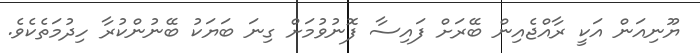
ޔޫނިއަން އަކީ ރާއްޖެއިން ބޭރަށް ފައިސާ ފޮނުވުމަށް ގިނަ ބަޔަކު ބޭނުންކުރާ ހިދުމަތެކެވެ.